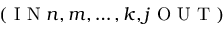
( \mathrm { ~ I ~ N ~ } n , m , \dots , k , j \mathrm { ~ O ~ U ~ T ~ } )